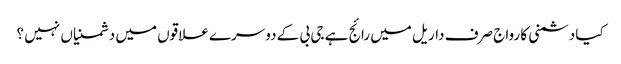
کیا دشمنی کا رواج صرف داریل میں رائج ہے جی بی کے دوسرے علاقوں میں دشمنیاں نہیں ؟